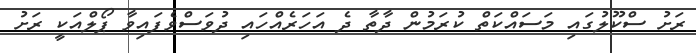
ރަށު ސްކޫލުގައި މަސައްކަތް ކުރަމުން ދާތާ ދެ އަހަރެއްހައި ދުވަސްވެފައިވާ ޕޯލްއަކީ ރަށު